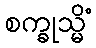
စက္ခုသ္မိံ